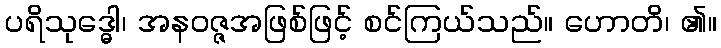
ပရိသုဒ္ဓေါ၊ အနဝဇ္ဇအဖြစ်ဖြင့် စင်ကြယ်သည်။ ဟောတိ၊ ၏။